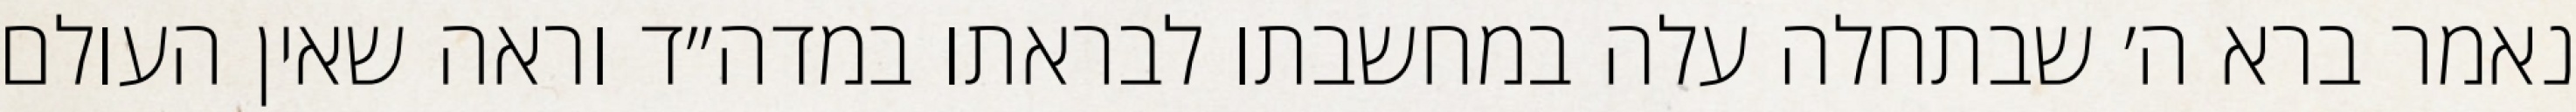
נאמר ברא ה׳ שבתחלה עלה במחשבתו לבראתו במדה״ד וראה שאין העולם